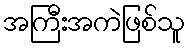
အကြီးအကဲဖြစ်သူ